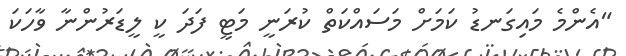
"އެންމެ މައިގަނޑު ކަމަށް މަސައްކަތް ކުރަނީ މަޓީ ފަދަ ކީ ލީޑަރުންނާ ވާހަކަ